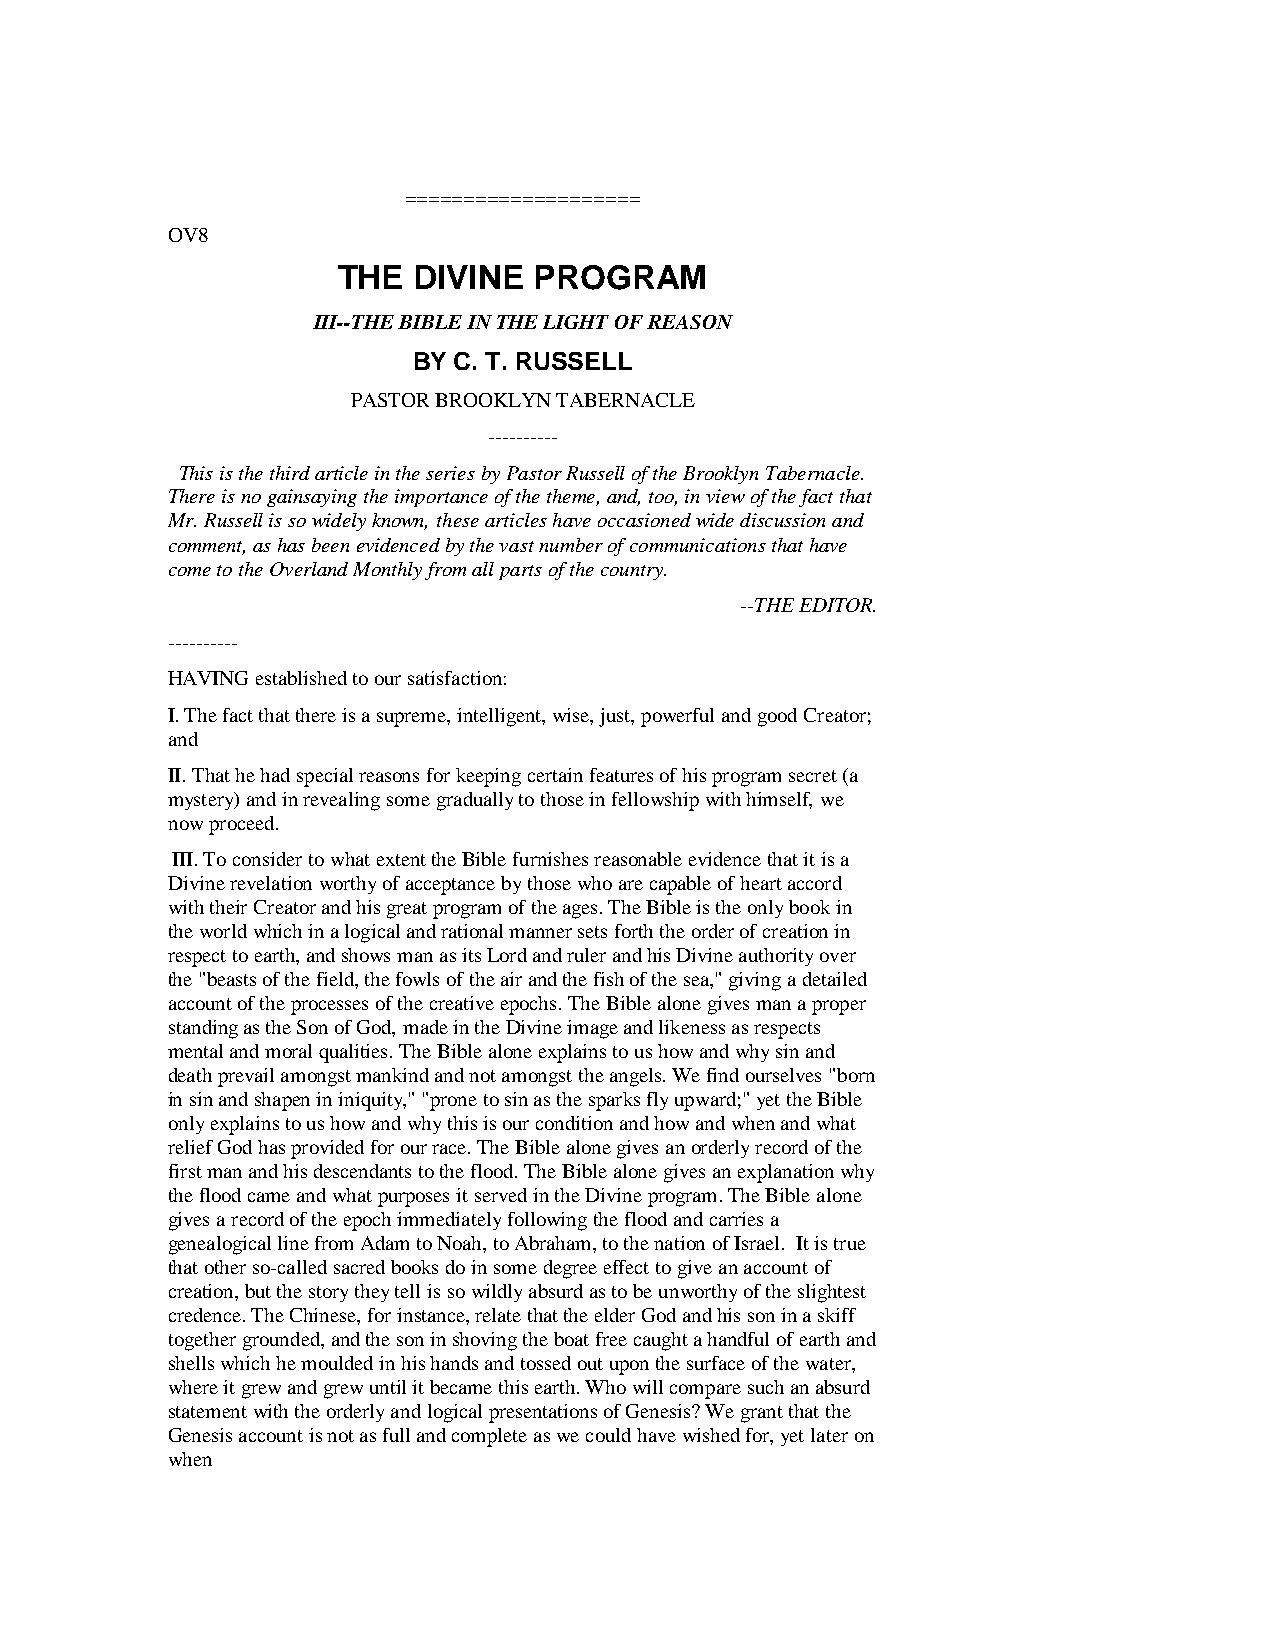
====================
 OV8
 THE  DIVINE  PROGRAM
 III--THE BIBLE IN THE LIGHT OF REASON
 BY C. T. RUSSELL
 PASTOR BROOKLYN TABERNACLE
 ----------
 This is the third article in the series by Pastor Russell of the Brooklyn Tabernacle.
 There is no gainsaying the importance of the theme, and, too, in view of the fact that
 Mr. Russell is so widely known, these articles have occasioned wide discussion and
 comment, as has been evidenced by the vast number of communications that have
 come to the Overland Monthly from all parts of the country.
 --THE EDITOR.
 ----------
 HAVING established to our satisfaction:
 I. The fact that there is a supreme, intelligent, wise, just, powerful and good Creator;
 and
 II. That he had special reasons for keeping certain features of his program secret (a
 mystery) and in revealing some gradually to those in fellowship with himself, we
 now proceed.
 III. To consider to what extent the Bible furnishes reasonable evidence that it is a
 Divine revelation worthy of acceptance by those who are capable of heart accord
 with their Creator and his great program of the ages. The Bible is the only book in
 the world which in a logical and rational manner sets forth the order of creation in
 respect to earth, and shows man as its Lord and ruler and his Divine authority over
 the "beasts of the field, the fowls of the air and the fish of the sea," giving a detailed
 account of the processes of the creative epochs. The Bible alone gives man a proper
 standing as the Son of God, made in the Divine image and likeness as respects
 mental and moral qualities. The Bible alone explains to us how and why sin and
 death prevail amongst mankind and not amongst the angels. We find ourselves "born
 in sin and shapen in iniquity," "prone to sin as the sparks fly upward;" yet the Bible
 only explains to us how and why this is our condition and how and when and what
 relief God has provided for our race. The Bible alone gives an orderly record of the
 first man and his descendants to the flood. The Bible alone gives an explanation why
 the flood came and what purposes it served in the Divine program. The Bible alone
 gives a record of the epoch immediately following the flood and carries a
 genealogical line from Adam to Noah, to Abraham, to the nation of Israel. It is true
 that other so-called sacred books do in some degree effect to give an account of
 creation, but the story they tell is so wildly absurd as to be unworthy of the slightest
 credence. The Chinese, for instance, relate that the elder God and his son in a skiff
 together grounded, and the son in shoving the boat free caught a handful of earth and
 shells which he moulded in his hands and tossed out upon the surface of the water,
 where it grew and grew until it became this earth. Who will compare such an absurd
 statement with the orderly and logical presentations of Genesis? We grant that the
 Genesis account is not as full and complete as we could have wished for, yet later on
 when